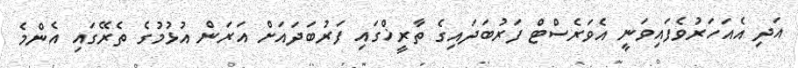
އަދި އެއަހަރުވެފައިވަނީ އެވަރެސްޓް ފަރުބަދައިގެ ތާރީޚްގައި ފަރުބަދައަށް އަރަން އުޅުމުގެ ތެރޭގައި އެންމެ